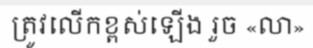
ត្រូវលើកខ្ពស់ឡើង រួច «លា»